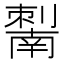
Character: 𰅆